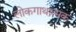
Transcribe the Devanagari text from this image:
लोकगाथात्मक